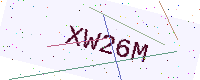
Text: XW26M